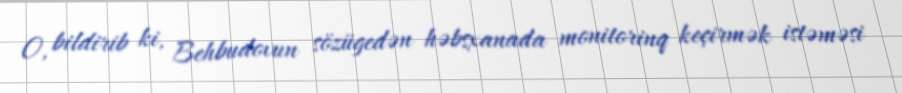
O, bildirib ki, Behbudovun sözügedən həbsxanada monitorinq keçirmək istəməsi